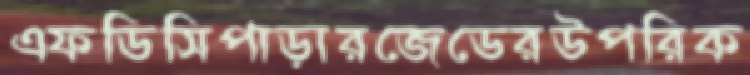
এফডিসিপাড়ারজেডেরউপরিক